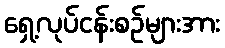
ရှေ့လုပ်ငန်းစဉ်များအား